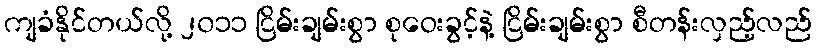
ကျခံနိုင်တယ်လို့ ၂၀၁၁ ငြိမ်းချမ်းစွာ စုဝေးခွင့်နဲ့ ငြိမ်းချမ်းစွာ စီတန်းလှည့်လည်